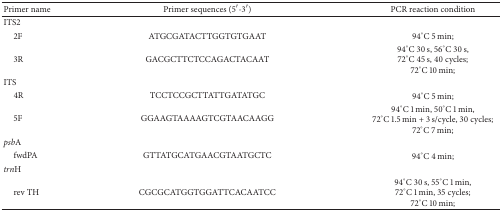
| Primer name | Primer sequences (5′-3′) | PCR reaction condition |
 | --- | --- | --- |
 | ITS2 |  |  |
 | 2F | ATGCGATACTTGGTGTGAAT | 94°C 5 min; |
 | 3R | GACGCTTCTCCAGACTACAAT | 94°C 30 s, 56°C 30 s,72°C 45 s, 40 cycles;72°C 10 min; |
 | ITS |  |  |
 | 4R | TCCTCCGCTTATTGATATGC | 94°C 5 min; |
 | 5F | GGAAGTAAAAGTCGTAACAAGG | 94°C 1 min, 50°C 1 min, 72°C 1.5 min + 3 s/cycle, 30 cycles;72°C 7 min; |
 | psbA |  |  |
 | fwdPA | GTTATGCATGAACGTAATGCTC | 94°C 4 min; |
 | trnH |  |  |
 | rev TH | CGCGCATGGTGGATTCACAATCC | 94°C 30 s, 55°C 1 min, 72°C 1 min, 35 cycles; 72°C 10 min; |